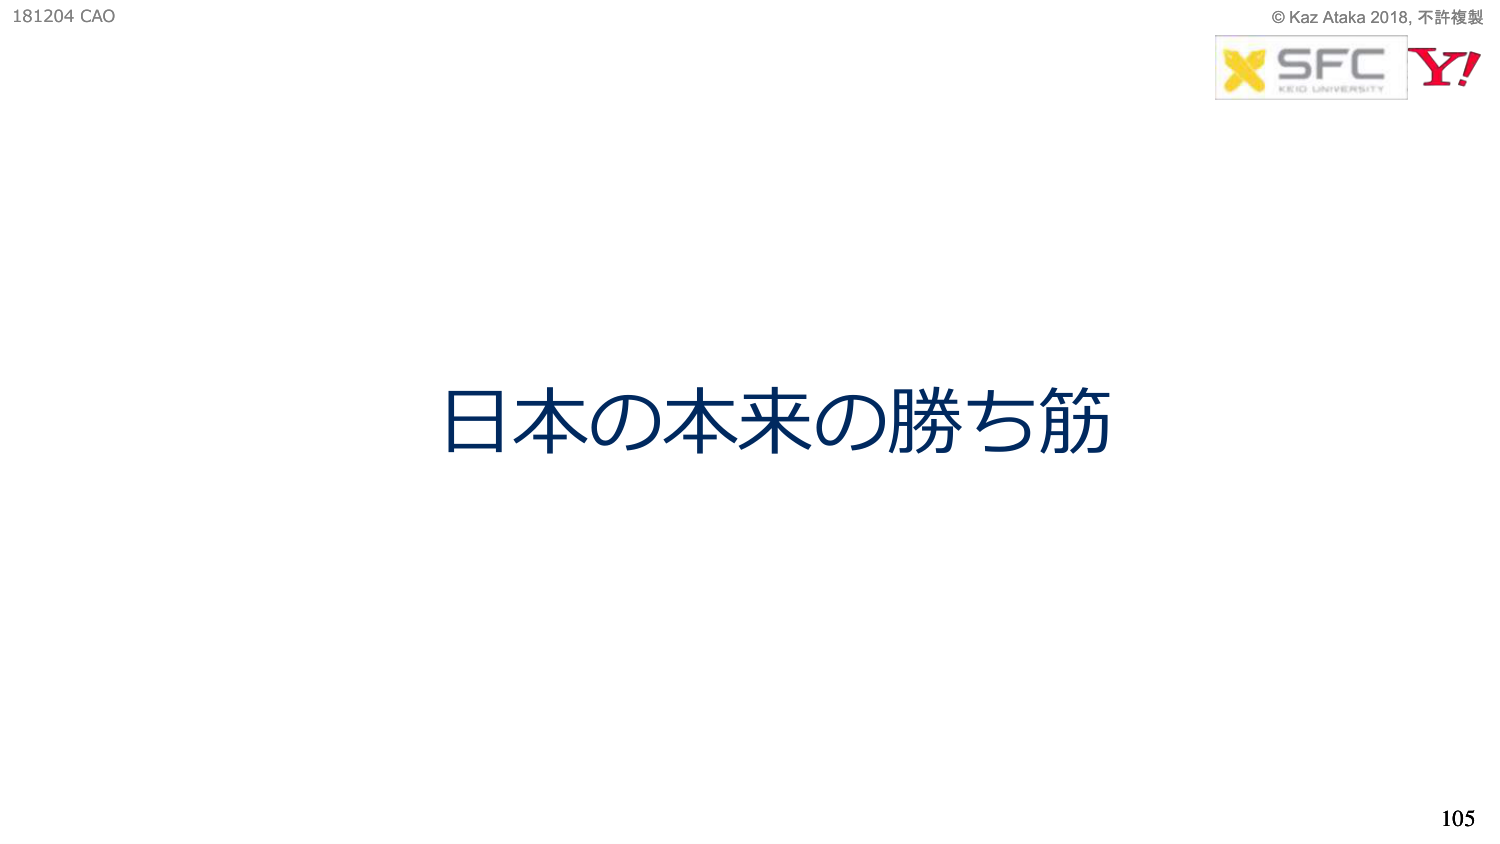
181204 CAO
© Kaz Ataka 2018, 不許複製
SFC
KEIO UNIVERSITY
Y!
日本の本来の勝ち筋
105